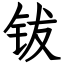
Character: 钹